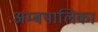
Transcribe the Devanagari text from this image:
अम्बपालिका